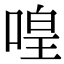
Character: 喤